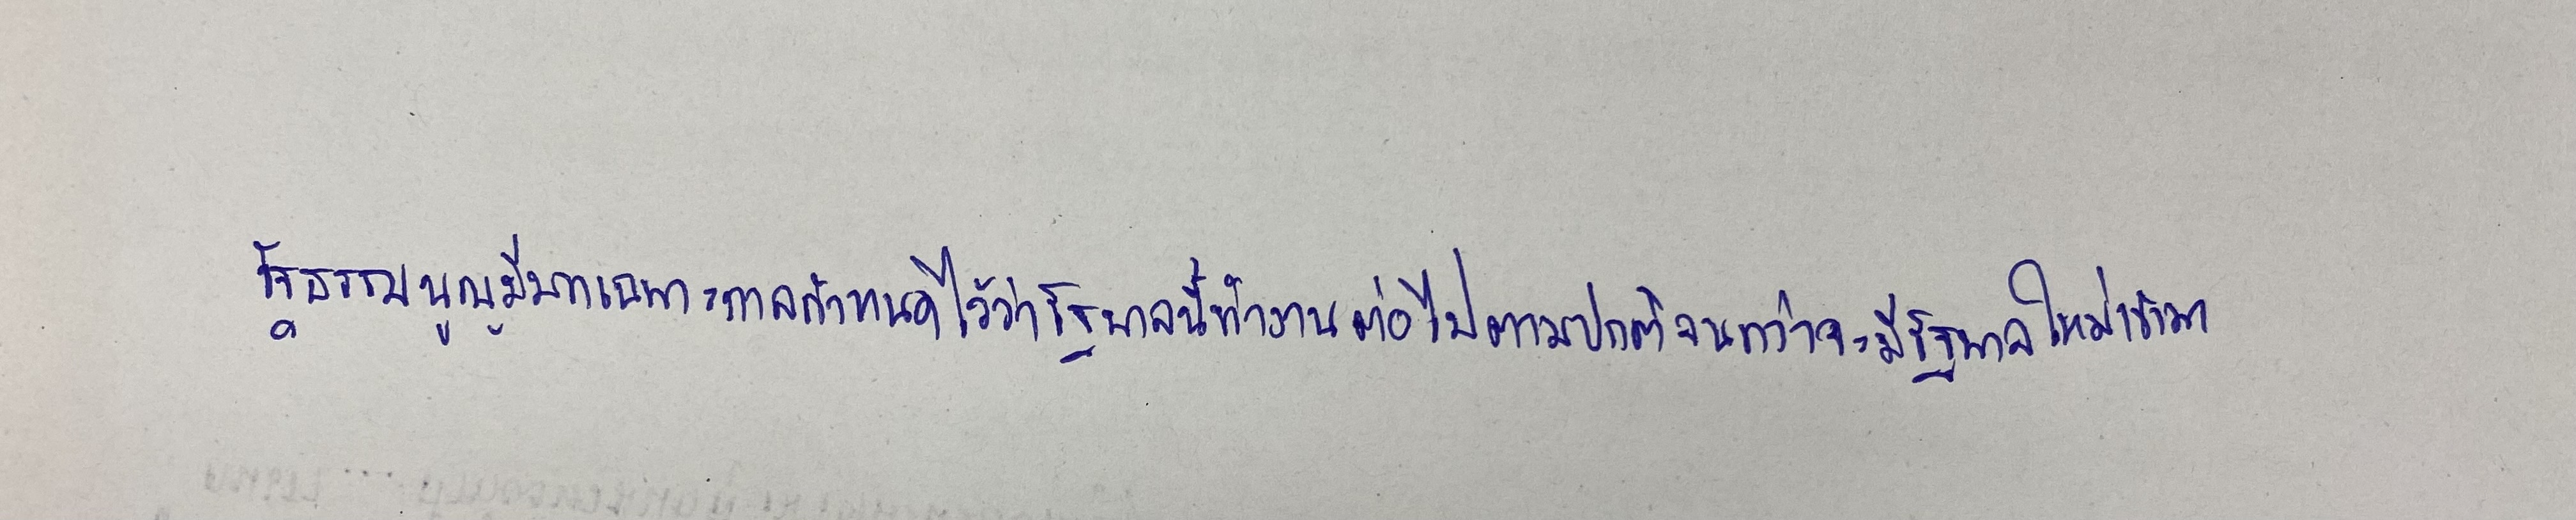
รัฐธรรมนูญมีบทเฉพาะกาลกำหนดไว้ว่าให้รัฐบาลนี้ทำงานต่อไปตามปกติจนกว่าจะมีรัฐบาลใหม่เข้ามา